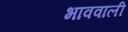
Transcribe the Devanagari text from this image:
भाववाली